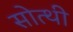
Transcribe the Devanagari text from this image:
सोत्थी